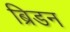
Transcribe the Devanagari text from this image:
ब्रिडन